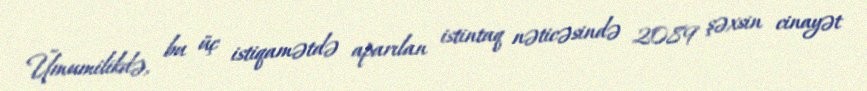
Ümumilikdə, bu üç istiqamətdə aparılan istintaq nəticəsində 2089 şəxsin cinayət